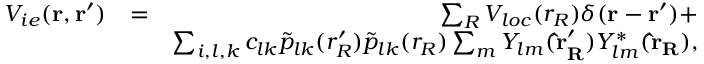
\begin{array} { r l r } { V _ { i e } ( { \bf r } , { \bf r ^ { \prime } } ) } & { = } & { \sum _ { R } V _ { l o c } ( r _ { R } ) \delta ( { \bf r } - { \bf r ^ { \prime } } ) + } \\ & { } & { \sum _ { i , l , k } c _ { l k } \tilde { p } _ { l k } ( r _ { R } ^ { \prime } ) \tilde { p } _ { l k } ( r _ { R } ) \sum _ { m } Y _ { l m } ( { \bf \hat { r } _ { R } ^ { \prime } } ) Y _ { l m } ^ { * } ( { \bf \hat { r } _ { R } } ) , } \end{array}